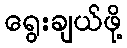
ရွေးချယ်ဖို့